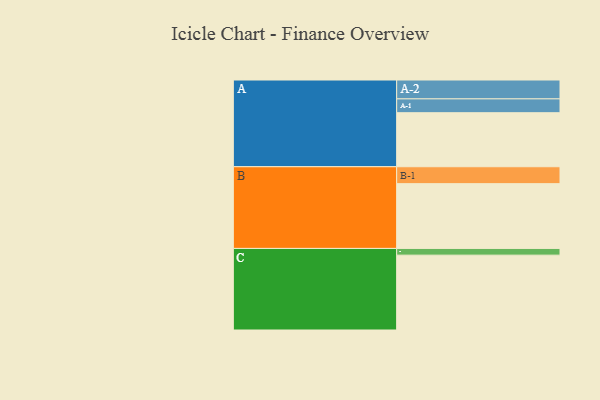
{"axis": {"x": "Segment", "y": "Value"}, "legend": ["", "A", "B", "C"], "data": [{"x": "A", "y": 418, "type": ""}, {"x": "B", "y": 501, "type": ""}, {"x": "C", "y": 579, "type": ""}, {"x": "A-1", "y": 107, "type": "A"}, {"x": "A-2", "y": 146, "type": "A"}, {"x": "B-1", "y": 131, "type": "B"}, {"x": "C-1", "y": 52, "type": "C"}]}